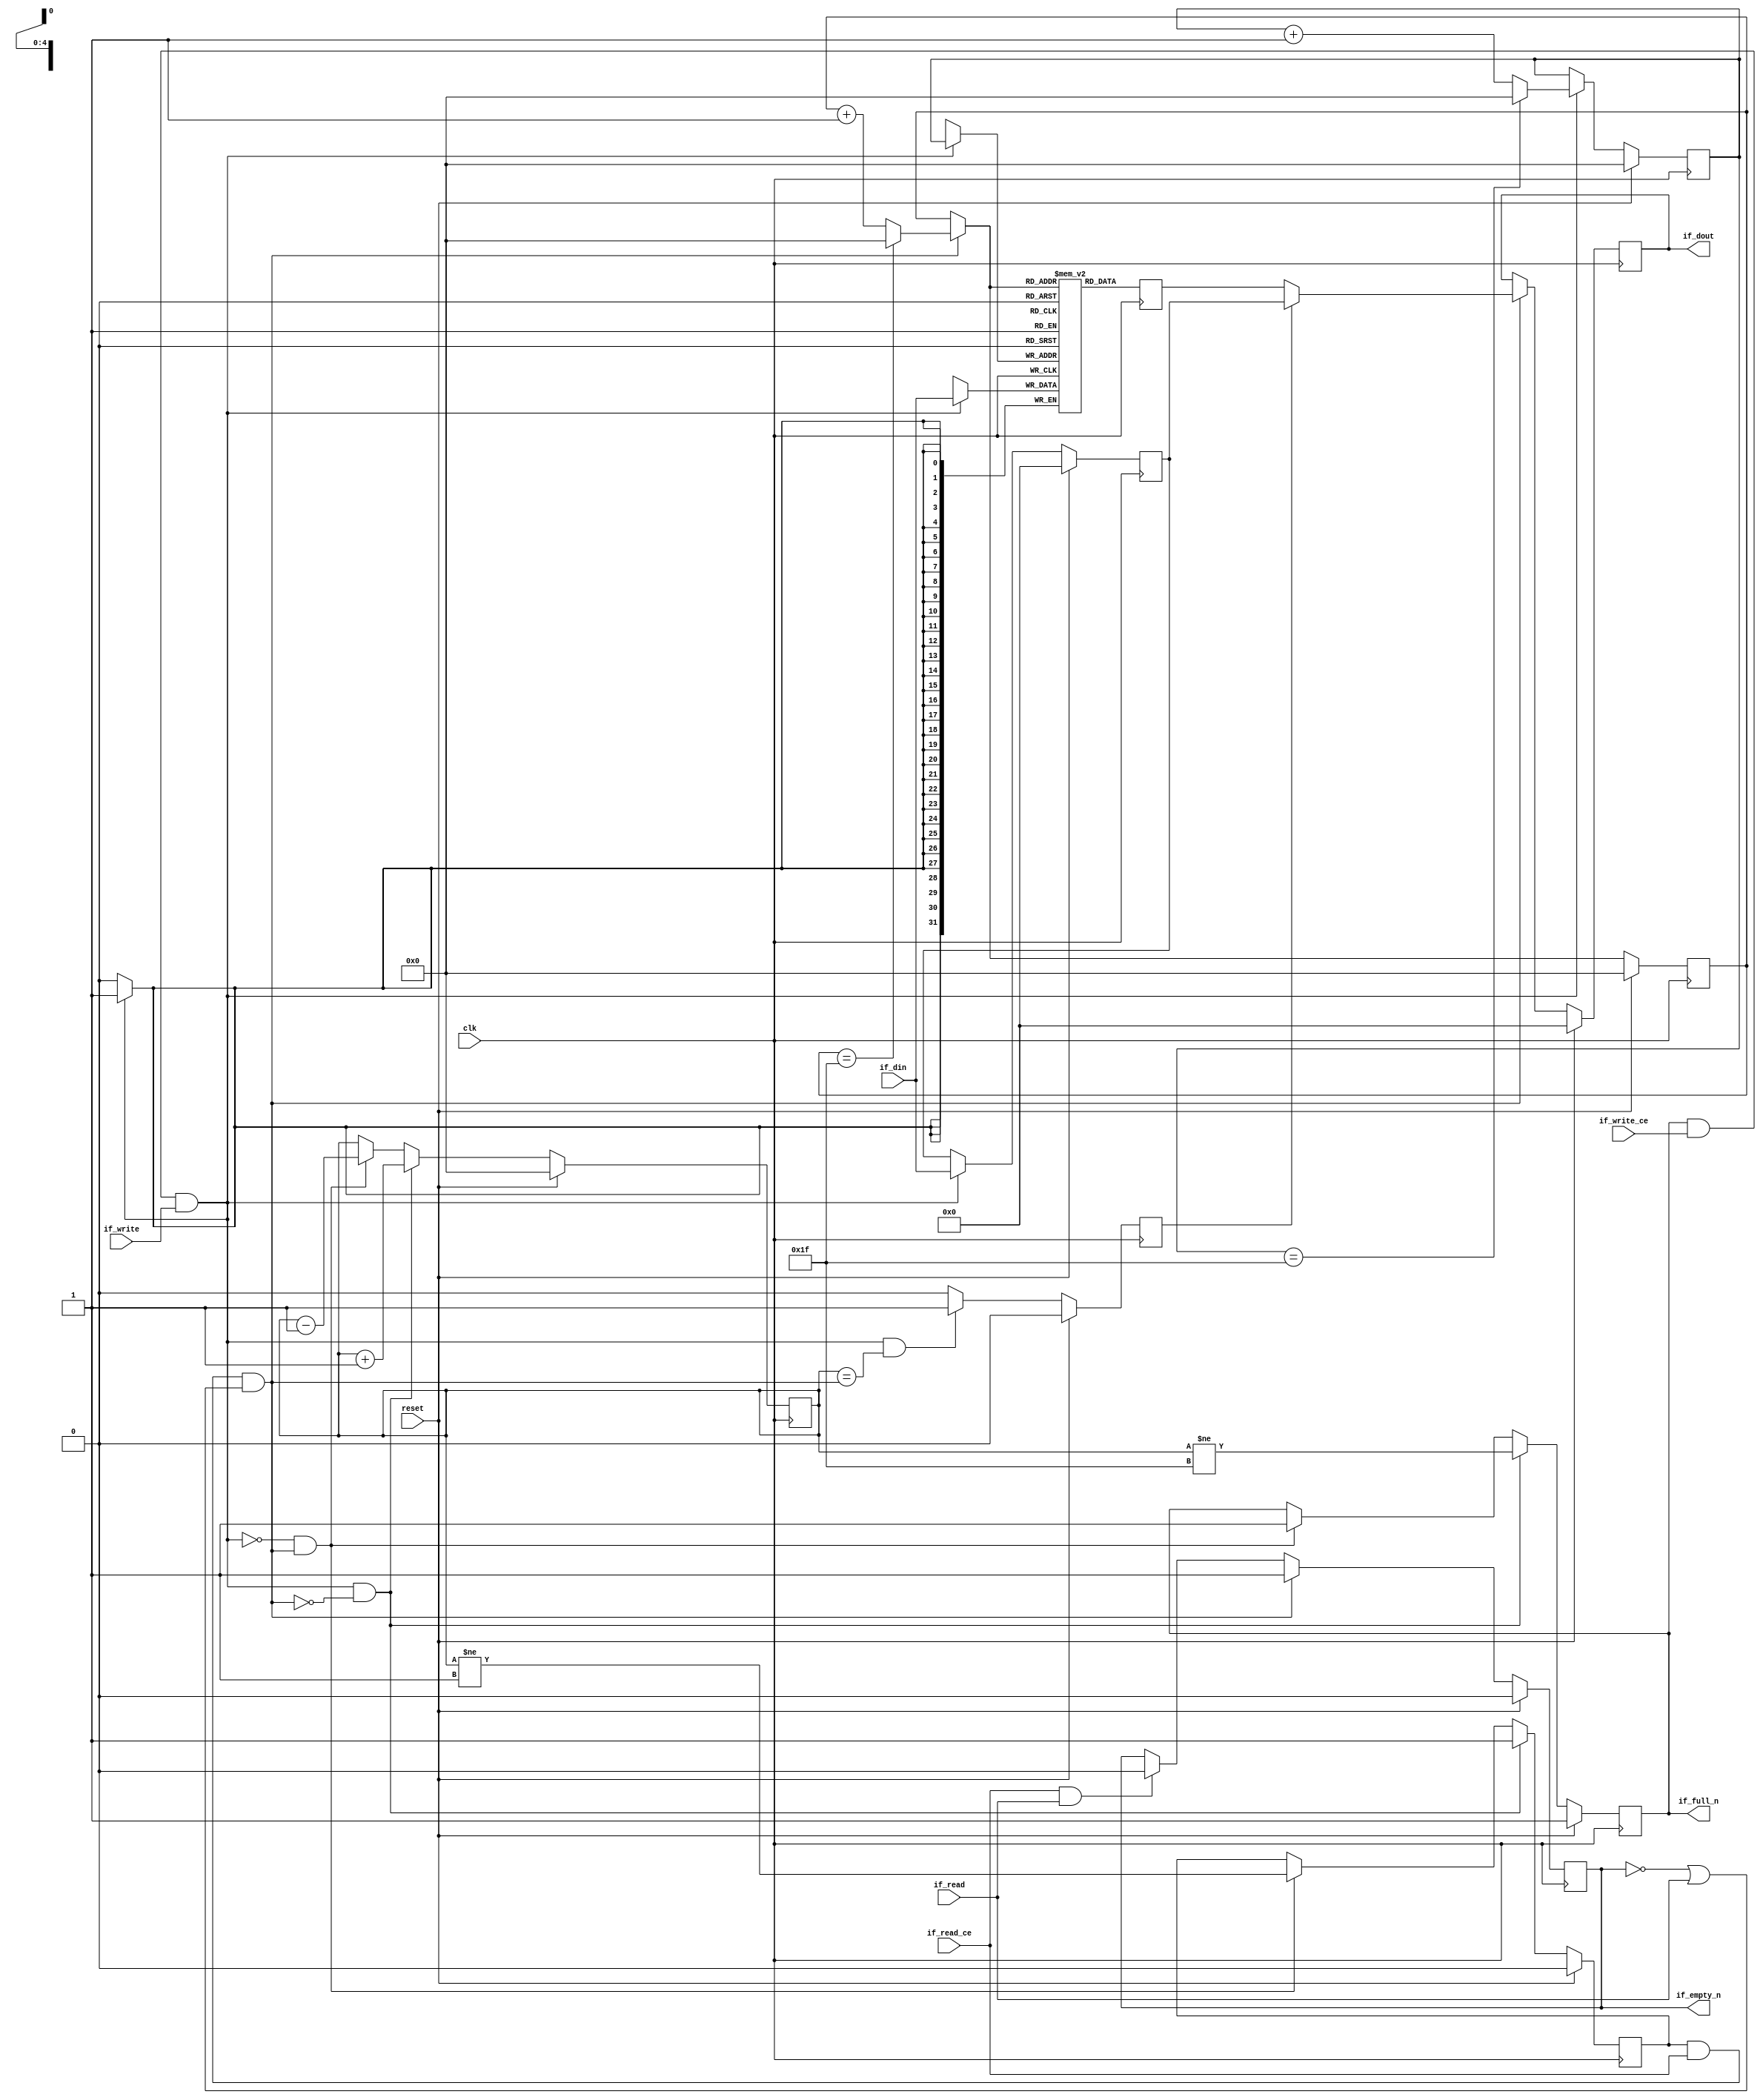
`default_nettype none

// first-word fall-through (FWFT) FIFO using block RAM
// based on HLS generated code
module fifo_bram #(
  parameter MEM_STYLE  = "auto",
  parameter DATA_WIDTH = 32,
  parameter ADDR_WIDTH = 5,
  parameter DEPTH      = 32
) (
  input wire clk,
  input wire reset,

  // write
  output wire                  if_full_n,
  input  wire                  if_write_ce,
  input  wire                  if_write,
  input  wire [DATA_WIDTH-1:0] if_din,

  // read
  output wire                  if_empty_n,
  input  wire                  if_read_ce,
  input  wire                  if_read,
  output wire [DATA_WIDTH-1:0] if_dout
);

(* ram_style = MEM_STYLE *)
reg  [DATA_WIDTH-1:0] mem[0:DEPTH-1];
reg  [DATA_WIDTH-1:0] q_buf;
reg  [ADDR_WIDTH-1:0] waddr;
reg  [ADDR_WIDTH-1:0] raddr;
wire [ADDR_WIDTH-1:0] wnext;
wire [ADDR_WIDTH-1:0] rnext;
wire                  push;
wire                  pop;
reg  [ADDR_WIDTH-1:0] used;
reg                   full_n;
reg                   empty_n;
reg  [DATA_WIDTH-1:0] q_tmp;
reg                   show_ahead;
reg  [DATA_WIDTH-1:0] dout_buf;
reg                   dout_valid;

localparam DepthM1 = DEPTH[ADDR_WIDTH-1:0] - 1'd1;

assign if_full_n  = full_n;
assign if_empty_n = dout_valid;
assign if_dout    = dout_buf;
assign push       = full_n & if_write_ce & if_write;
assign pop        = empty_n & if_read_ce & (~dout_valid | if_read);
assign wnext      = !push              ? waddr              :
                    (waddr == DepthM1) ? {ADDR_WIDTH{1'b0}} : waddr + 1'd1;
assign rnext      = !pop               ? raddr              :
                    (raddr == DepthM1) ? {ADDR_WIDTH{1'b0}} : raddr + 1'd1;

// waddr
always @(posedge clk) begin
  if (reset)
    waddr <= {ADDR_WIDTH{1'b0}};
  else
    waddr <= wnext;
end

// raddr
always @(posedge clk) begin
  if (reset)
    raddr <= {ADDR_WIDTH{1'b0}};
  else
    raddr <= rnext;
end

// used
always @(posedge clk) begin
  if (reset)
    used <= {ADDR_WIDTH{1'b0}};
  else if (push && !pop)
    used <= used + 1'b1;
  else if (!push && pop)
    used <= used - 1'b1;
end

// full_n
always @(posedge clk) begin
  if (reset)
    full_n <= 1'b1;
  else if (push && !pop)
    full_n <= (used != DepthM1);
  else if (!push && pop)
    full_n <= 1'b1;
end

// empty_n
always @(posedge clk) begin
  if (reset)
    empty_n <= 1'b0;
  else if (push && !pop)
    empty_n <= 1'b1;
  else if (!push && pop)
    empty_n <= (used != {{(ADDR_WIDTH-1){1'b0}},1'b1});
end

// mem
always @(posedge clk) begin
  if (push)
    mem[waddr] <= if_din;
end

// q_buf
always @(posedge clk) begin
  q_buf <= mem[rnext];
end

// q_tmp
always @(posedge clk) begin
  if (reset)
    q_tmp <= {DATA_WIDTH{1'b0}};
  else if (push)
    q_tmp <= if_din;
end

// show_ahead
always @(posedge clk) begin
  if (reset)
    show_ahead <= 1'b0;
  else if (push && used == {{(ADDR_WIDTH-1){1'b0}},pop})
    show_ahead <= 1'b1;
  else
    show_ahead <= 1'b0;
end

// dout_buf
always @(posedge clk) begin
  if (reset)
    dout_buf <= {DATA_WIDTH{1'b0}};
  else if (pop)
    dout_buf <= show_ahead? q_tmp : q_buf;
end

// dout_valid
always @(posedge clk) begin
  if (reset)
    dout_valid <= 1'b0;
  else if (pop)
    dout_valid <= 1'b1;
  else if (if_read_ce & if_read)
    dout_valid <= 1'b0;
end

endmodule  // fifo_bram

`default_nettype wire